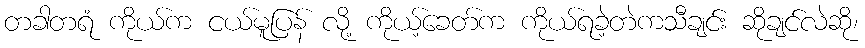
တခါတရံ ကိုယ်က ငယ်မူပြန် လို့ ကိုယ့်ခေတ်က ကိုယ်ရခဲ့တဲကသီချင်း ဆိုချင်လဲဆို၊